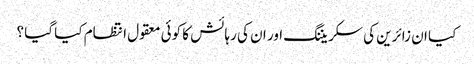
کیا ان زائرین کی سکریننگ اور ان کی رہائش کا کوئی معقول انتظام کیا گیا ؟